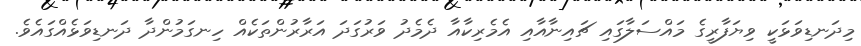
މިދަނޑިވަޅަކީ ވިޔަފާރީގެ މައްސަލާގައި ޗައިނާއާއި އެމެރިކާއާ ދެމެދު ވަރުގަދަ އަރާރުންތަކެއް ހިނގަމުންދާ ދަނޑިވަޅެއްގައެވެ.